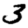
Digit: 3